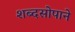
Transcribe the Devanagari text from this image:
शब्दसोपाने